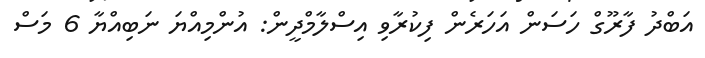
އަބްދު ފާރޫގް ހަސަން އަހަރެން ފިކުރާވި އިސްލާމްދީން: އުންމިއްޔަ ނަބިއްޔާ 6 މަސް